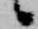
候